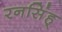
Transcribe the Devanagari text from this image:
रनसिंह्